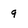
Character: 9